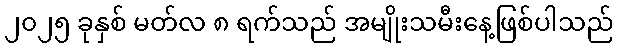
၂၀၂၅ ခုနှစ် မတ်လ ၈ ရက်သည် အမျိုးသမီးနေ့ဖြစ်ပါသည်